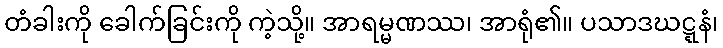
တံခါးကို ခေါက်ခြင်းကို ကဲ့သို့။ အာရမ္မဏဿ၊ အာရုံ၏။ ပသာဒဃဋ္ဋနံ၊